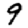
Digit: 9